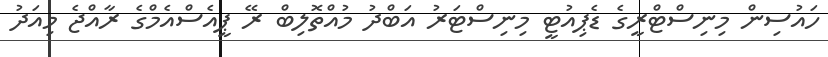
ހައުސިން މިނިސްޓްރީގެ ޑެޕިއުޓީ މިނިސްޓަރު އަބްދު މުއްތޮލިބް ރޭ ޕީއެސްއެމްގެ ރާއްޖެ މިއަދު